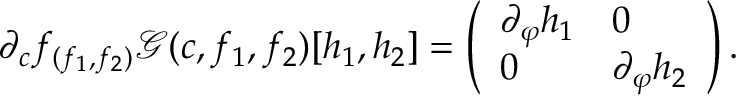
\partial _ { c } f _ { ( f _ { 1 } , f _ { 2 } ) } \mathscr { G } ( c , f _ { 1 } , f _ { 2 } ) [ h _ { 1 } , h _ { 2 } ] = \left( \begin{array} { l l } { \partial _ { \varphi } h _ { 1 } } & { 0 } \\ { 0 } & { \partial _ { \varphi } h _ { 2 } } \end{array} \right) .